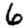
Digit: 6